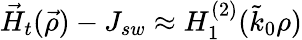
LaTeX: \vec{H}_{t}(\vec{\rho})-J_{sw}\approx H_{1}^{(2)}(\tilde{k}_{0}\rho)